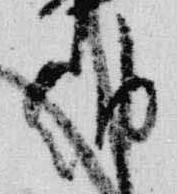
納